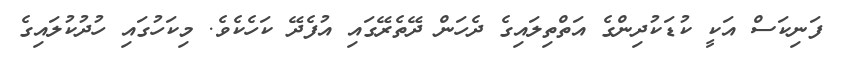
ފަނިކަސް އަކީ ކުޑަކުދިންގެ އަތްތިލައިގެ ދެހަން ދޭތެރޭގައި އުފެދޭ ކަހެކެވެ. މިކަހުގައި ހުދުކުލައިގެ